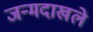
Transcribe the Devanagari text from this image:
जन्मदाखले